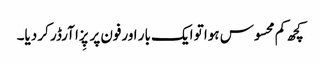
کچھ کم محسوس ہوا تو ایک بار اورفون پر پِزا آرڈر کر دیا۔